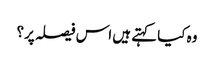
وہ کیا کہتے ہیں اس فیصلہ پر؟